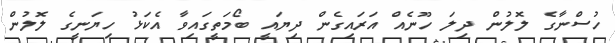
ހުސްނާގެ ލޮލުން ދިލަ ހޫނެއް އަރައިގެން ދިޔައީ ބޯމަތީގައިވާ އެކަޅު ހިޔަނީގެ ލޮލުން